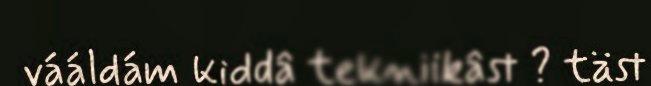
vááldám kiddâ tekniikâst ? täst